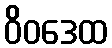
ဝိဝဒေထ